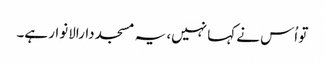
تو اُس نے کہا نہیں، یہ مسجد دارالانوار ہے۔